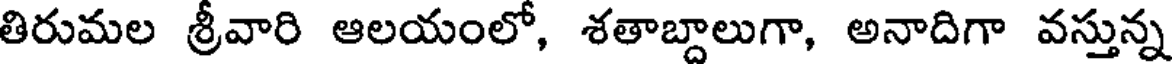
తిరుమల శ్రీవారి ఆలయంలో, శతాబ్దాలుగా, అనాదిగా వస్తున్న